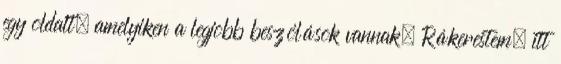
egy oldalt, amelyiken a legjobb beszólások vannak. Rákerestem, itt